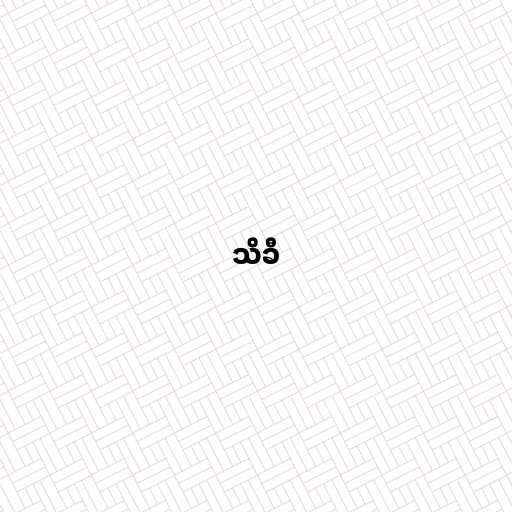
သိခီ